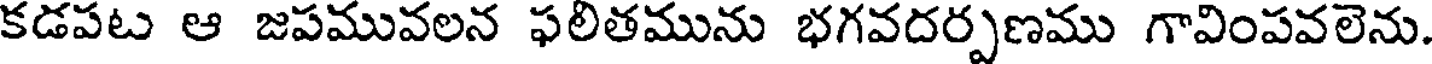
కడపట ఆ జపమువలన ఫలితమును భగవదర్పణము గావింపవలెను.